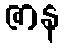
ဇာန